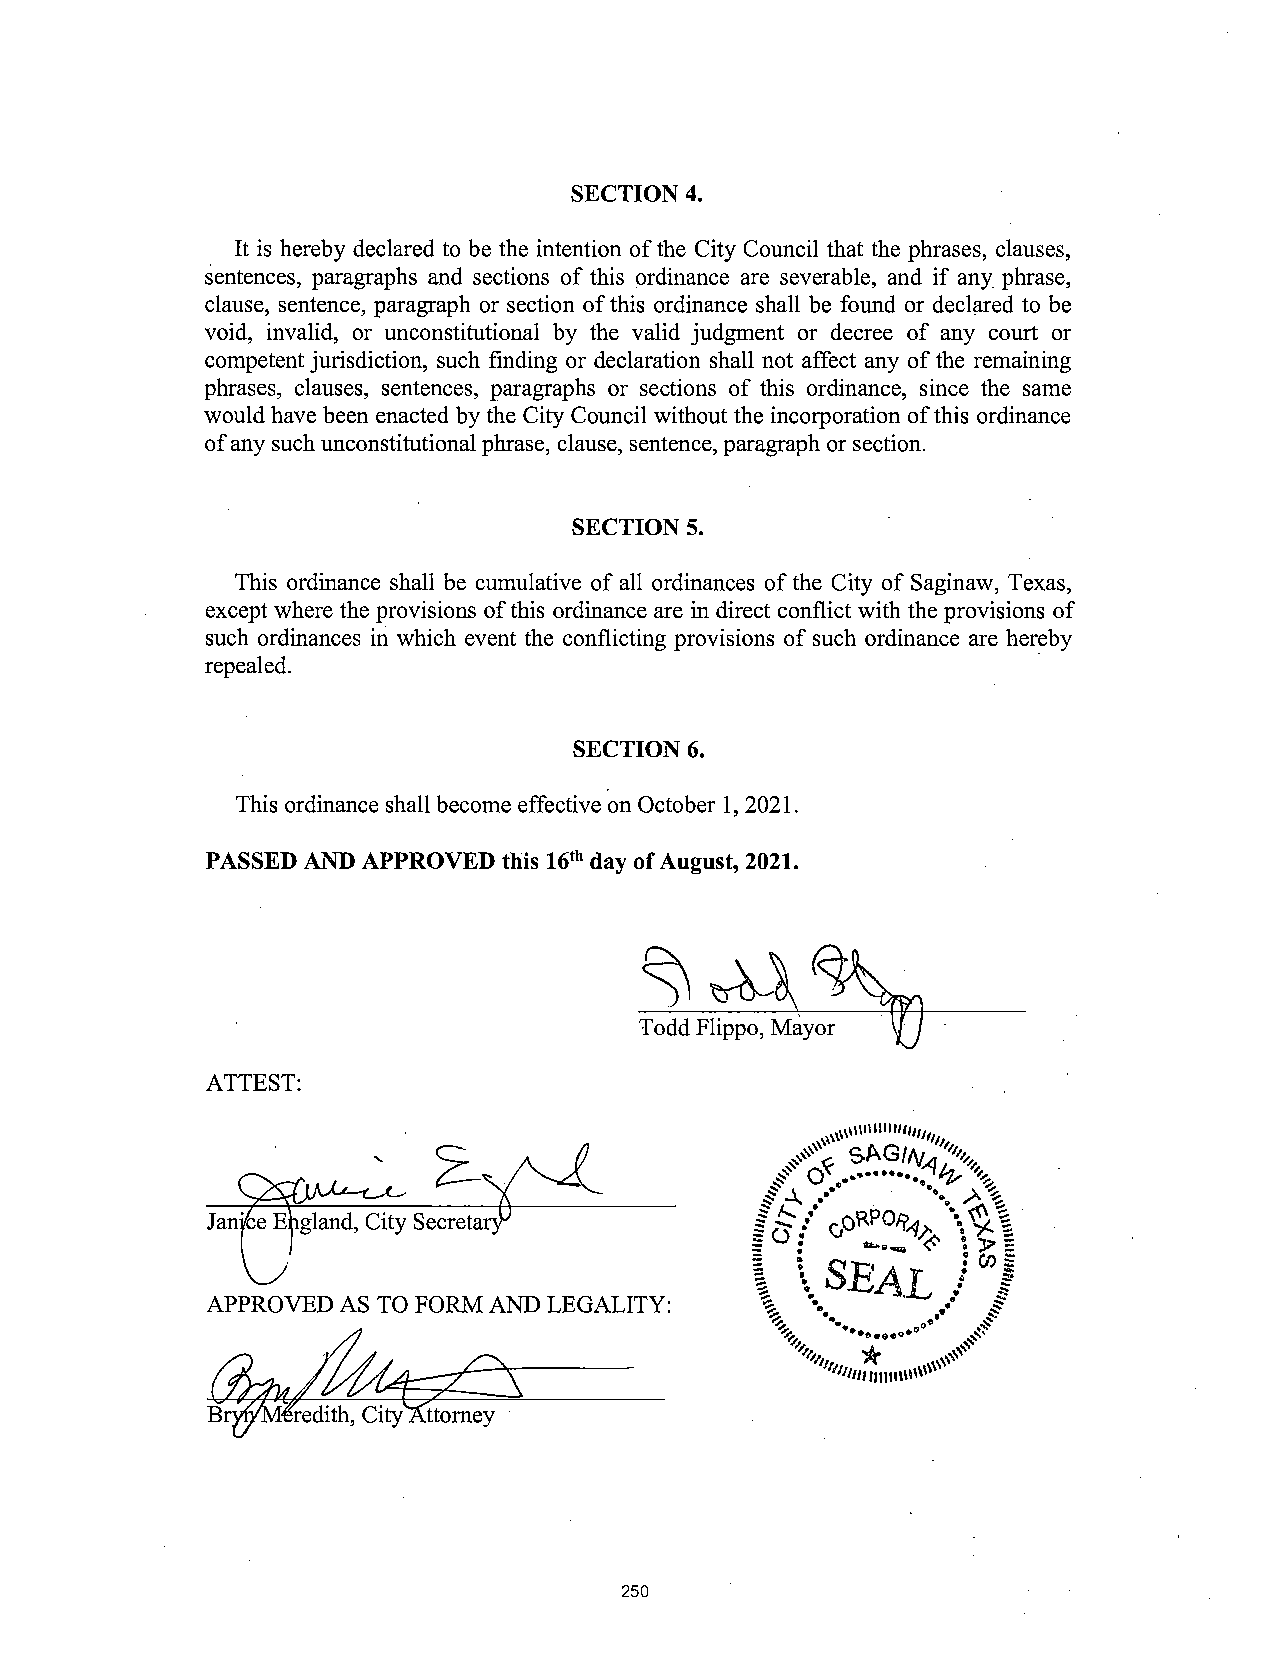
SECTION 4.
 It is hereby declared to be the intention ofthe City Council that the phrases, clauses,
 sentences, paragraphs and sections of this ordinance are severable, and if any phrase,
 clause, sentence, paragraph or section ofthis ordinance shall be found or declared to be
 void, invalid, or unconstitutional by the valid judgment or decree of any court or
 competent jurisdiction, such finding or declaration shall not affect any of the remaining
 phrases, clauses, sentences, paragraphs or sections of this ordinance, since the same
 would have been enacted by the City Council without the incorporation ofthis ordinance
 ofany such unconstitutional phrase, clause, sentence, paragraph or section.
 SECTION 5.
 This ordinance shall be cumulative of all ordinances of the City of Saginaw, Texas,
 except where the provisions ofthis ordinance are in direct conflict with the provisions of
 such ordinances in which event the conflicting provisions of such ordinance are hereby
 repealed.
 SECTION 6.
 This ordinance shallbecome effective on October 1, 2021.
 PASSED AND APPROVED this 16th day ofAugust, 2021.
 ZA"-)i\
 It
 Todd Flippo, Mayor
 ATTEST:
 SAG/N
 116211
 Jan'ce E gland, City Secreta         U   GO PO? 4j V(Nj) 5- :„
 cr ? ten
 VJ W
 SE•             •
 APPROVED AS TO FORM AND LEGALITY:                s `'
 e••         tip
 B    redith, Cityorney
 250
 del                                                                                                                                                                                                                                                                                                                                                                                                                                                                                                                                                                                                                                                                                                                                                                                                                                                                                  -